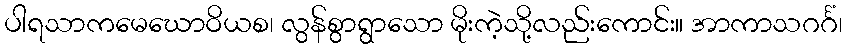
ပါရသာကမေဃောဝိယစ၊ လွန်စွာရွာသော မိုးကဲ့သို့လည်းကောင်း။ အာကာသဂင်္ဂံ၊